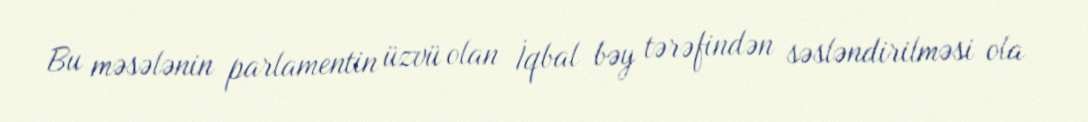
Bu məsələnin parlamentin üzvü olan İqbal bəy tərəfindən səsləndirilməsi ola